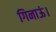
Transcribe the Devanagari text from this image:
गिनाऊं।